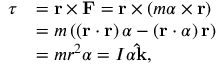
{ \begin{array} { r l } { { \boldsymbol { \tau } } } & { = \mathbf { r } \times \mathbf { F } = \mathbf { r } \times ( m { \boldsymbol { \alpha } } \times \mathbf { r } ) } \\ & { = m \left( \left( \mathbf { r } \cdot \mathbf { r } \right) { \boldsymbol { \alpha } } - \left( \mathbf { r } \cdot { \boldsymbol { \alpha } } \right) \mathbf { r } \right) } \\ & { = m r ^ { 2 } { \boldsymbol { \alpha } } = I \alpha \mathbf { \hat { k } } , } \end{array} }